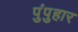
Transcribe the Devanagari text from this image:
पुंपुहार